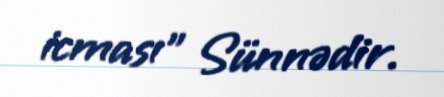
icması" Sünnədir.